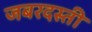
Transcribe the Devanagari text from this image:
जबरदस्‍ती